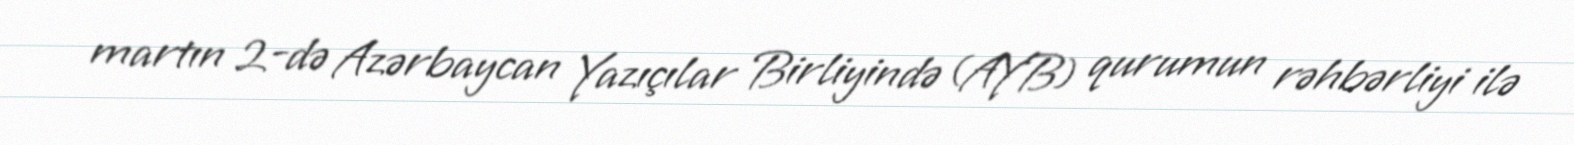
martın 2-də Azərbaycan Yazıçılar Birliyində (AYB) qurumun rəhbərliyi ilə